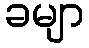
ခမျာ